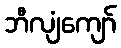
ဘီလျံကျော်